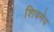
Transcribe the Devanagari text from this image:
शिवमेव